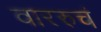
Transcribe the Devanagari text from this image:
वाररुचं